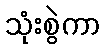
သုံးစွဲကာ